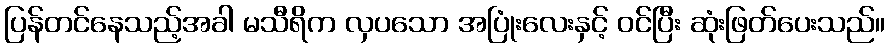
ပြန်တင်နေသည့်အခါ မသီရိက လှပသော အပြုံးလေးနှင့် ဝင်ပြီး ဆုံးဖြတ်ပေးသည်။